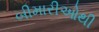
બીમારીઓથી